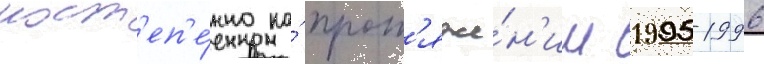
пост'еп'е́нно на́ прот'яже́н'ии 1995-1996